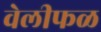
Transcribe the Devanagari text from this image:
वेलीफळ